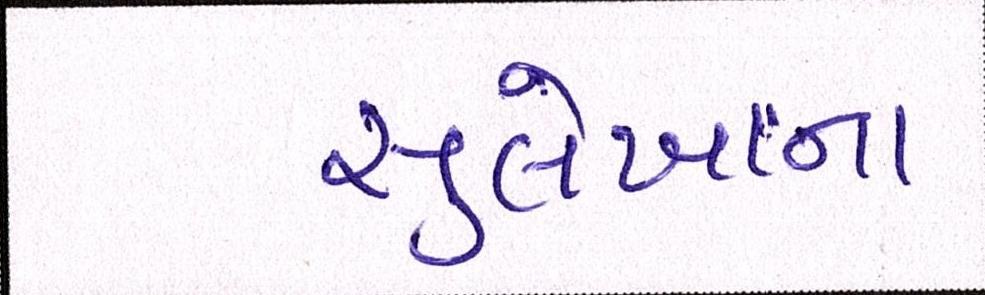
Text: સુલેખાના